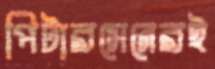
পিটারসেনেরই